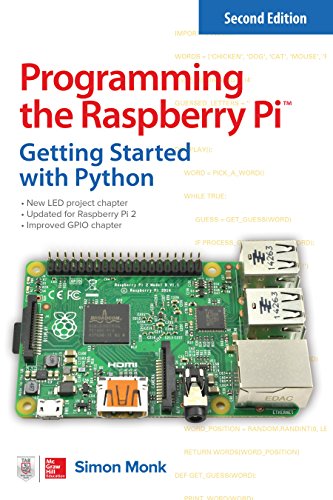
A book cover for Programming the Raspberry Pi, Second Edition: Getting Started with Python; Simon Monk; Engineering & Transportation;